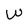
Character: W